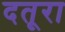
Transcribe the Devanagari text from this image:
दतूरा